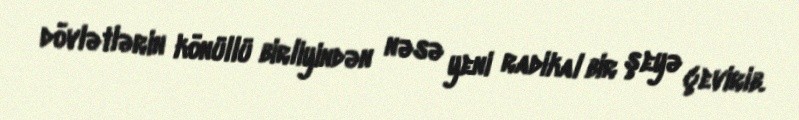
dövlətlərin könüllü birliyindən nəsə yeni radikal bir şeyə çevirib.